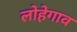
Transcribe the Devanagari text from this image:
लोहेगाव